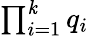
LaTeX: \textstyle\prod_{i=1}^{\mathit{k}}q_{i}